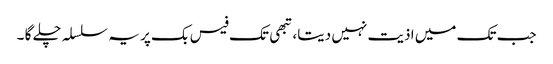
جب تک میں اذیت نہیں دیتا، تبھی تک فیس بک پر یہ سلسلہ چلے گا ۔